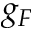
g _ { F }